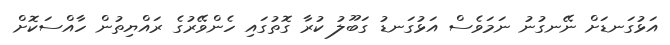
އަޅުގަނޑަށް ނޭނގުނު ނަމަވެސް އަޅުގަނޑު ގަބޫލު ކުރާ ގޮތުގައި ހެންވޭރުގެ ރައްޔިތުން ހާއްސަކޮށް